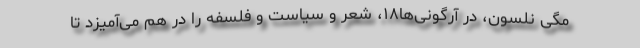
مگی نلسون، در آرگونی‌ها۱۸، شعر و سیاست و فلسفه را در هم می‌آمیزد تا